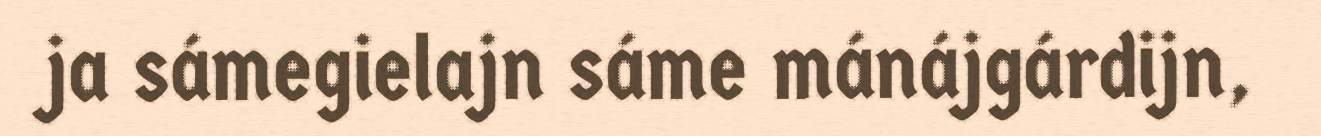
ja sámegielajn sáme mánájgárdijn,